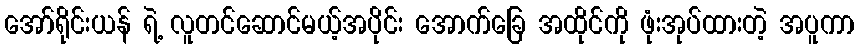
အော်ရိုင်းယန် ရဲ့ လူတင်ဆောင်မယ့်အပိုင်း အောက်ခြေ အထိုင်ကို ဖုံးအုပ်ထားတဲ့ အပူကာ